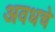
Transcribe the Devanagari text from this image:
अवधचे